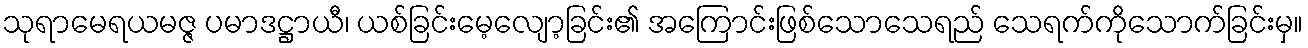
သုရာမေရယမဇ္ဇ ပမာဒဋ္ဌာယီ၊ ယစ်ခြင်းမေ့လျော့ခြင်း၏ အကြောင်းဖြစ်သောသေရည် သေရက်ကိုသောက်ခြင်းမှ။